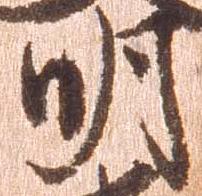
明